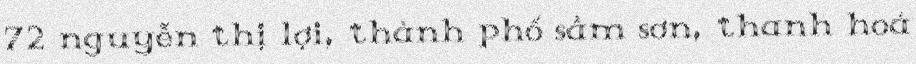
72 nguyễn thị lợi, thành phố sầm sơn, thanh hoá